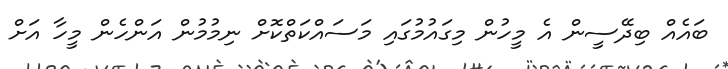
ބައެއް ބިދޭސީން އެ މީހުން މިގައުމުގައި މަސައްކަތްކޮށް ނިމުމުން އަންހެން މީހާ އަށް